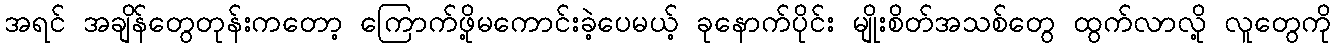
အရင် အချိန်တွေတုန်းကတော့ ကြောက်ဖို့မကောင်းခဲ့ပေမယ့် ခုနောက်ပိုင်း မျိုးစိတ်အသစ်တွေ ထွက်လာလို့ လူတွေကို